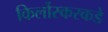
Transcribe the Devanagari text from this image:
किर्लोस्करकडे